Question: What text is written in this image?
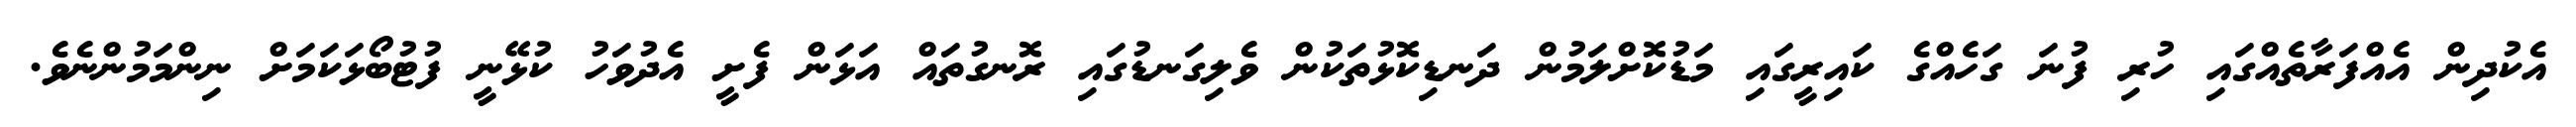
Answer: އެކުދިން އެއްފަރާތެއްގައި ހުރި ފުނަ ގަހެއްގެ ކައިރީގައި މަޑުކޮށްލަމުން ދަނޑިކޮޅުތަކުން ވެލިގަނޑުގައި ރޮނގުތައް އަޅަން ފެށީ އެދުވަހު ކުޅޭނީ ފުޓުބޯޅަކަމަށް ނިންމަމުންނެވެ.